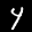
Label: 4